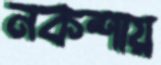
নকশায়